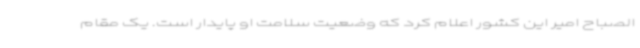
الصباح امیر این کشور اعلام کرد که وضعیت سلامت او پایدار است. یک مقام